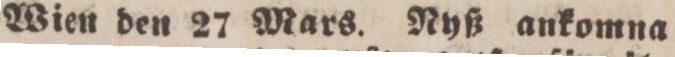
Wien den 27 Mars. Nyß ankomna